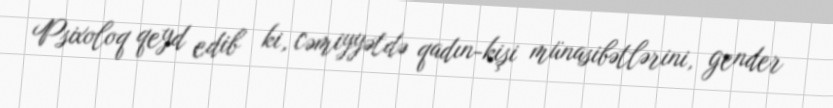
Psixoloq qeyd edib ki, cəmiyyətdə qadın-kişi münasibətlərini, gender